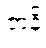
ဇာနိ